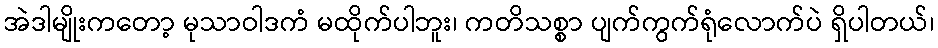
အဲဒါမျိုးကတော့ မုသာဝါဒကံ မထိုက်ပါဘူး၊ ကတိသစ္စာ ပျက်ကွက်ရုံလောက်ပဲ ရှိပါတယ်၊